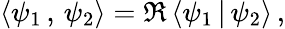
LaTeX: \begin{array}{r}{\left<\psi_{1}\, ,\, \psi_{2}\right>=\Re\left<\psi_{1}\, |\, \psi_{2}\right>\, ,}\end{array}